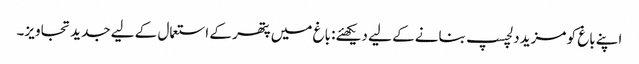
اپنے باغ کو مزید دلچسپ بنانے کے لیے دیکھئے: باغ میں پتھر کے استعمال کے لیے جدید تجاویز۔